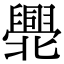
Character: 𠤫